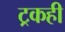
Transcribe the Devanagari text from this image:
ट्रकही